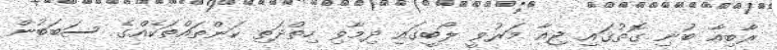
ރާބިއާ ބުނި ގޮތުގައި ޖިއާ މަރުވީ ލޯބީގައި ދިމާވި ހިތްދަތި ކަންތައްތަކެއްގެ ސަބަބުން